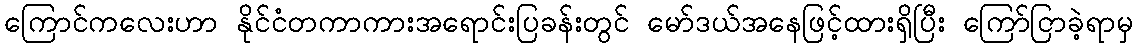
ကြောင်ကလေးဟာ နိုင်ငံတကာကားအရောင်းပြခန်းတွင် မော်ဒယ်အနေဖြင့်ထားရှိပြီး ကြော်ငြာခဲ့ရာမှ